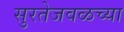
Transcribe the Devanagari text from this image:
सुरतेजवळच्या